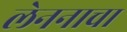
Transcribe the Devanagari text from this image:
लेननाचा